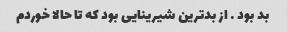
بد بود … از بدترین شیرینایی بود که تا حالا خوردم